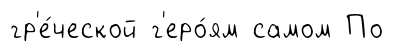
гр'е́ческой г'еро́ям самом По